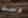
دست